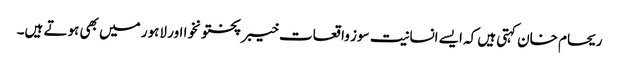
ریحام خان کہتی ہیں کہ ایسے انسانیت سوز واقعات خیبر پختونخوا اور لاہور میں بھی ہوتے ہیں۔